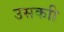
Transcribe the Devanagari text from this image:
उसकाी